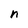
Character: n